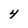
Character: 4